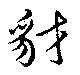
豺